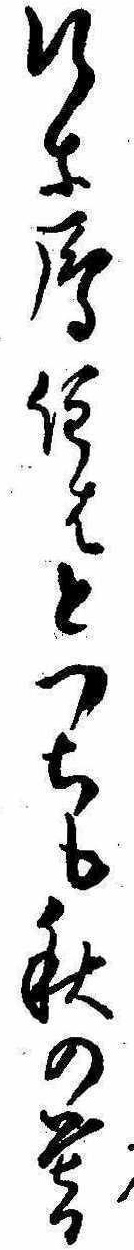
行な雁住はとつちも秋の暮